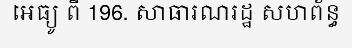
អេធ្យូ ពី 196. សាធារណរដ្ឋ សហព័ន្ធ